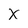
Character: X